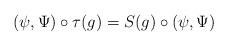
LaTeX: \begin{align*}(\psi,\Psi)\circ\tau(g)=S(g)\circ(\psi,\Psi)\ \end{align*}